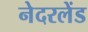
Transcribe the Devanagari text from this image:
नेदरलेंड